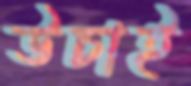
উচাই